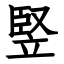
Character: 竪